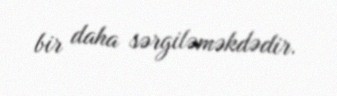
bir daha sərgiləməkdədir.